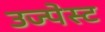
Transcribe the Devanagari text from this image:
उज्पेस्ट